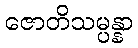
ဇောတိသမ္ပန္နာ